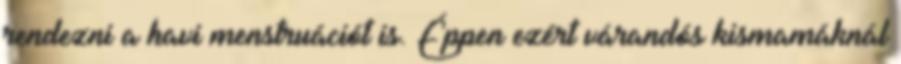
rendezni a havi menstruációt is. Éppen ezért várandós kismamáknál